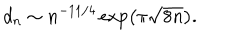
d _ { n } \sim n ^ { - 1 1 / 4 } \exp \left( \pi \sqrt { 8 n } \right) .